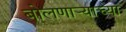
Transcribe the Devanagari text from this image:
बोलणाऱ्याच्या